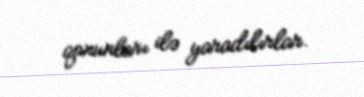
qanunları ilə yaradılırlar.